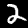
Digit: 2